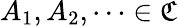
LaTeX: A_{1},A_{2},\cdots\in\mathfrak{C}